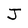
Character: J